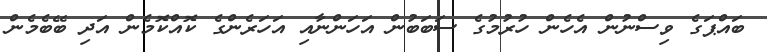
ބައްޕަގެ ވިސްނުން އެހެން ހުރުމުގެ ސަބަބުން އަހަންނާއި އަހަރެންގެ ކޮއްކޮމެން އަދި ބޭބެމެން